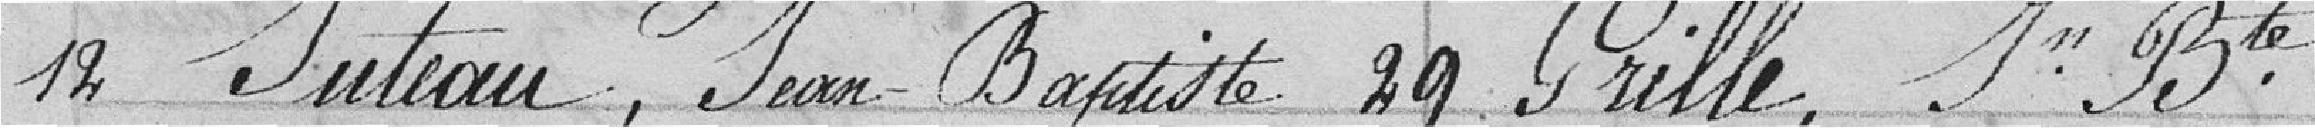
12 Juteau, Jean-Baptiste 29 Grille; Jean-Baptiste